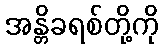
အန္တိခရစ်တို့ကို